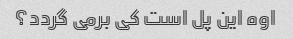
اوه این پل است کی برمی گردد؟